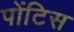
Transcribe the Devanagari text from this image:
पोंटिस